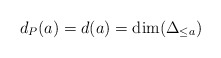
\begin{align*}d_P(a)=d(a)=\dim(\Delta_{\le a})\end{align*}